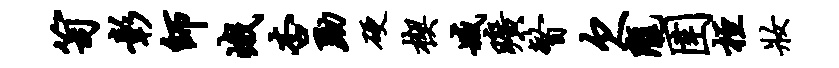
笥彰师峨杏黝硬楔臧旷瞥欠陇圉桓妆